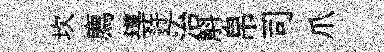
坎廌導迂治斛帛司爪